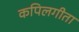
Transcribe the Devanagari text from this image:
कपिलगीता